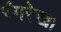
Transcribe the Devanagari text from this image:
रंगरेखा